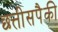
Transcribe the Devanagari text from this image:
छत्तीसपैकी